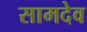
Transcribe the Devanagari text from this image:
सामदेव